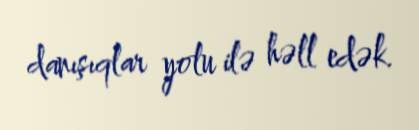
danışıqlar yolu ilə həll edək.